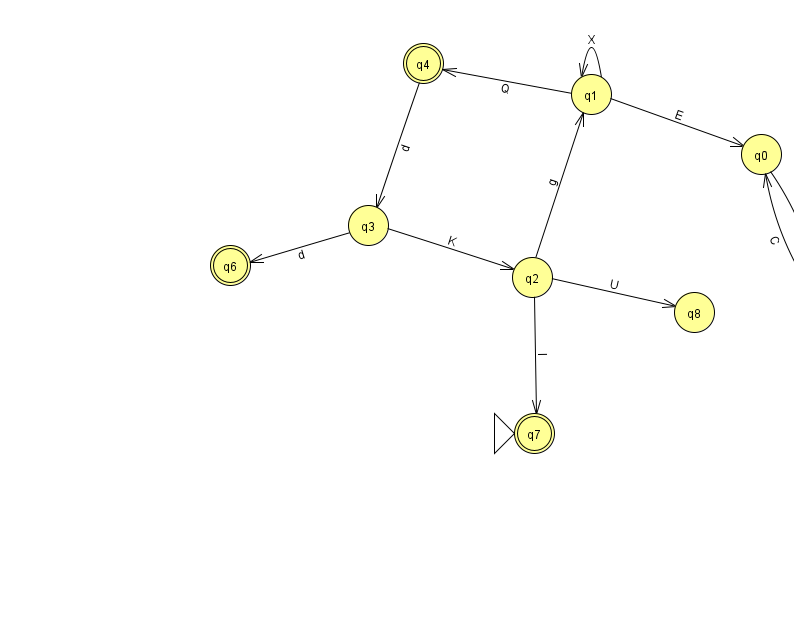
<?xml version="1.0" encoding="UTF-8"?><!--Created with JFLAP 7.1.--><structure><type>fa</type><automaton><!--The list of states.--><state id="0" name="q0"><x>761.0</x><y>141.0</y></state><state id="1" name="q1"><x>591.0</x><y>81.0</y></state><state id="2" name="q2"><x>532.0</x><y>264.0</y></state><state id="3" name="q3"><x>368.0</x><y>212.0</y></state><state id="4" name="q4"><x>423.0</x><y>50.0</y><final/></state><state id="5" name="q5"><x>824.0</x><y>300.0</y></state><state id="6" name="q6"><x>230.0</x><y>252.0</y><final/></state><state id="7" name="q7"><x>534.0</x><y>420.0</y><initial/><final/></state><state id="8" name="q8"><x>694.0</x><y>299.0</y></state><!--The list of transitions.--><transition><from>4</from><to>3</to><read>d</read></transition><transition><from>2</from><to>1</to><read>g</read></transition><transition><from>3</from><to>6</to><read>d</read></transition><transition><from>1</from><to>4</to><read>Q</read></transition><transition><from>1</from><to>1</to><read>X</read></transition><transition><from>2</from><to>8</to><read>U</read></transition><transition><from>5</from><to>0</to><read>C</read></transition><transition><from>2</from><to>7</to><read>l</read></transition><transition><from>0</from><to>5</to><read>v</read></transition><transition><from>1</from><to>0</to><read>E</read></transition><transition><from>3</from><to>2</to><read>K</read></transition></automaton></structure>